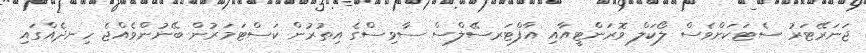
ޖަނަރޭޓަރު ސެޓަކަށްވެސް ލޯކަލް ވޮރަންޓީއާއި އާފްޓަރސޭލްސް ސާވިސްގެ އިތުރުން ކަސްޓަމަރުން ބޭނުންވެއްޖެ ހިނދެއްގައި